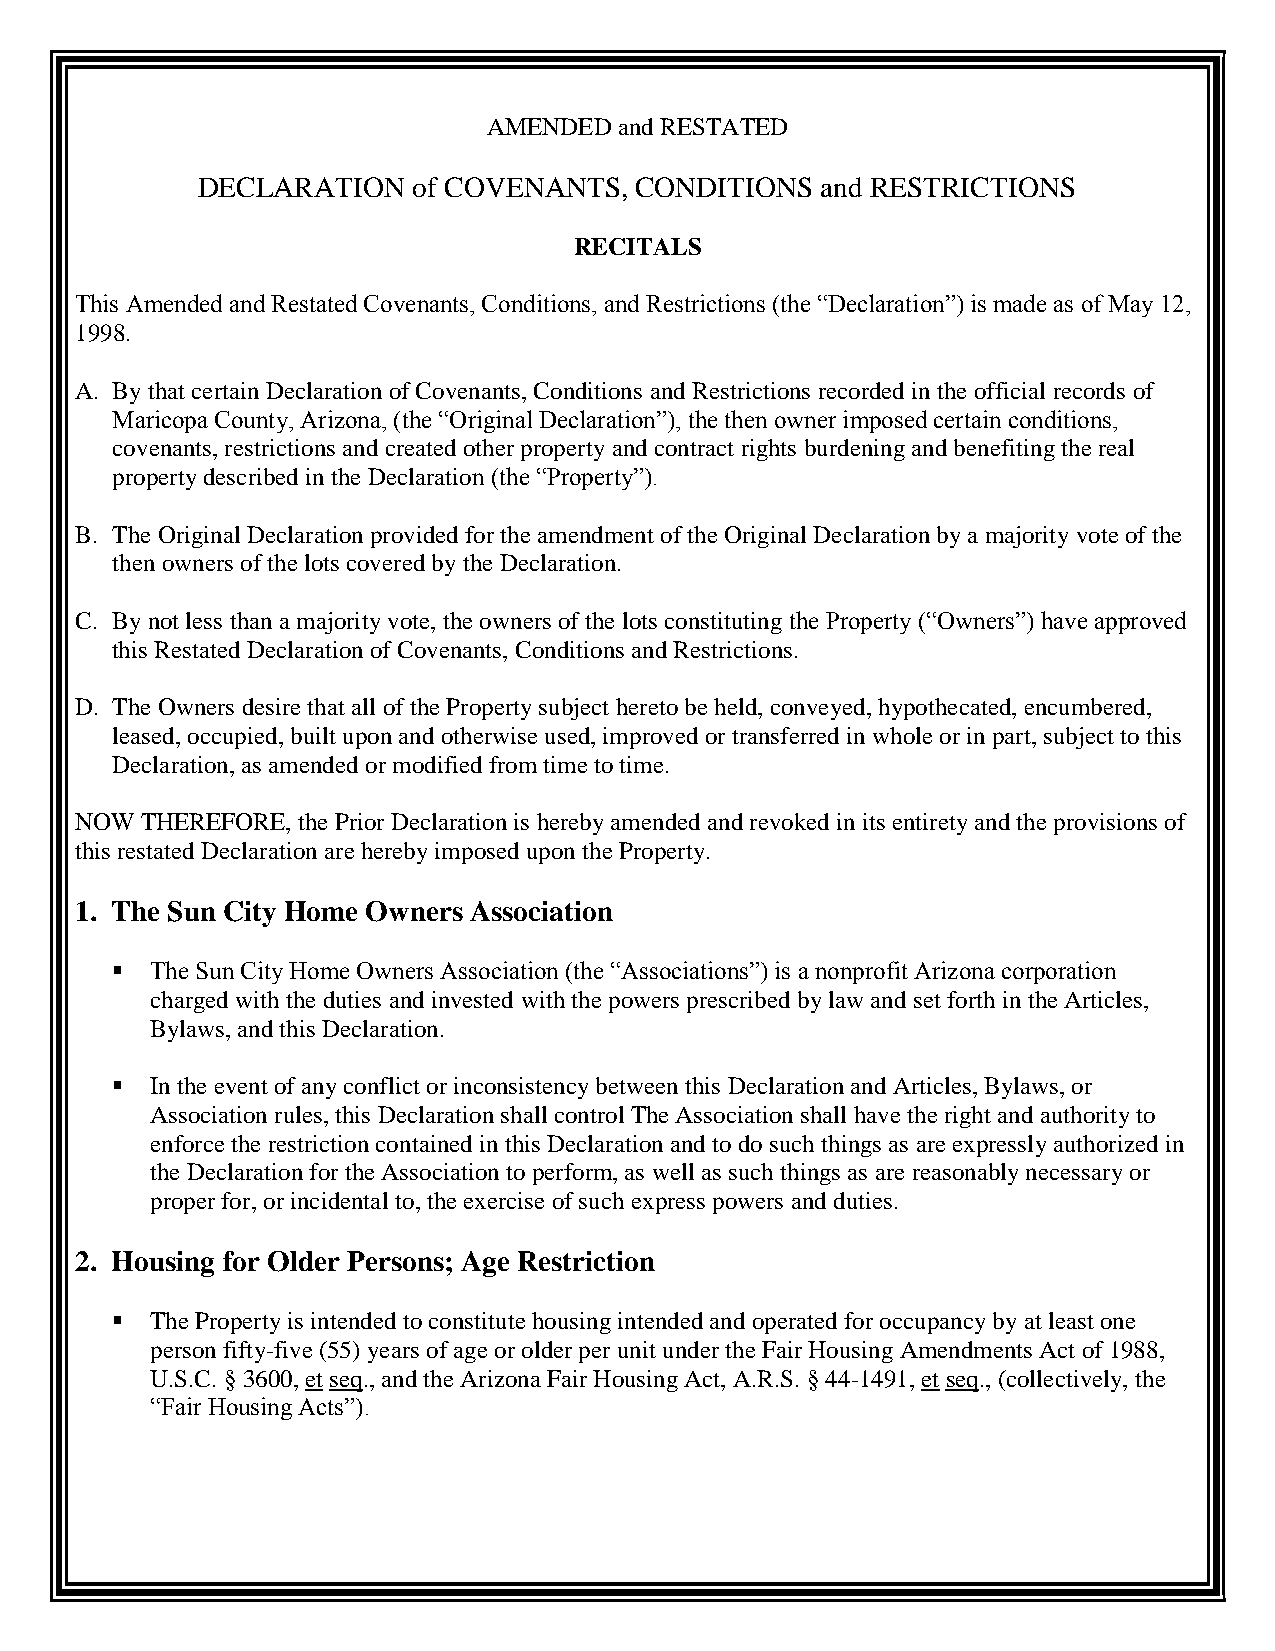
AMENDED  and RESTATED
 DECLARATION   of COVENANTS,  CONDITIONS  and RESTRICTIONS
 RECITALS
 This Amended and Restated Covenants, Conditions, and Restrictions (the “Declaration”) is made as of May 12,
 1998.
 A. By that certain Declaration of Covenants, Conditions and Restrictions recorded in the official records of
 Maricopa County, Arizona, (the “Original Declaration”), the then owner imposed certain conditions,
 covenants, restrictions and created other property and contract rights burdening and benefiting the real
 property described in the Declaration (the “Property”).
 B. The Original Declaration provided for the amendment of the Original Declaration by a majority vote of the
 then owners of the lots covered by the Declaration.
 C. By not less than a majority vote, the owners of the lots constituting the Property (“Owners”) have approved
 this Restated Declaration of Covenants, Conditions and Restrictions.
 D. The Owners desire that all of the Property subject hereto be held, conveyed, hypothecated, encumbered,
 leased, occupied, built upon and otherwise used, improved or transferred in whole or in part, subject to this
 Declaration, as amended or modified from time to time.
 NOW THEREFORE, the Prior Declaration is hereby amended and revoked in its entirety and the provisions of
 this restated Declaration are hereby imposed upon the Property.
 1. The Sun City Home Owners Association
   The Sun City Home Owners Association (the “Associations”) is a nonprofit Arizona corporation
 charged with the duties and invested with the powers prescribed by law and set forth in the Articles,
 Bylaws, and this Declaration.
   In the event of any conflict or inconsistency between this Declaration and Articles, Bylaws, or
 Association rules, this Declaration shall control The Association shall have the right and authority to
 enforce the restriction contained in this Declaration and to do such things as are expressly authorized in
 the Declaration for the Association to perform, as well as such things as are reasonably necessary or
 proper for, or incidental to, the exercise of such express powers and duties.
 2. Housing for Older Persons; Age Restriction
   The Property is intended to constitute housing intended and operated for occupancy by at least one
 person fifty-five (55) years of age or older per unit under the Fair Housing Amendments Act of 1988,
 U.S.C. § 3600, et seq., and the Arizona Fair Housing Act, A.R.S. § 44-1491, et seq., (collectively, the
 “Fair Housing Acts”).